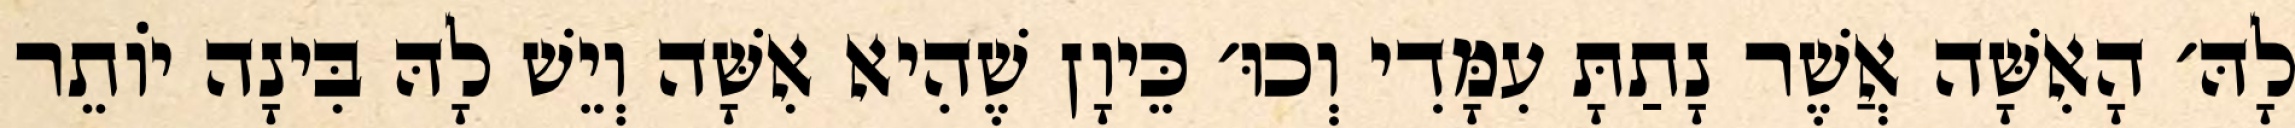
לָהּ׳ הָאִשָּׁה אֲשֶׁר נָתַתָּ עִמָּדִי וְכוּ׳ כֵּיוָן שֶׁהִיא אִשָּׁה וְיֵשׁ לָהּ בִּינָה יוֹתֵר